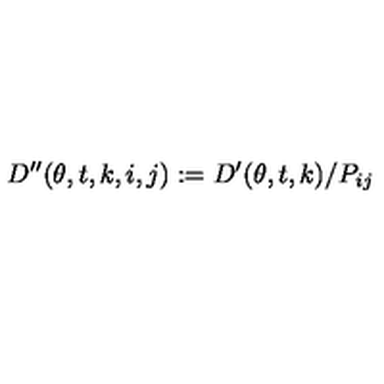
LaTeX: D ^ { \prime \prime } ( \theta , t , k , i , j ) : = D ^ { \prime } ( \theta , t , k ) / P _ { i j } \,